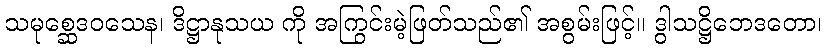
သမုစ္ဆေဒဝသေန၊ ဒိဋ္ဌာနုသယ ကို အကြွင်းမဲ့ဖြတ်သည်၏ အစွမ်းဖြင့်။ ဒွါသဋ္ဌိဘေဒတော၊